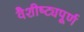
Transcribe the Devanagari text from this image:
वैशीष्ट्यपूर्ण